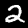
Label: 2